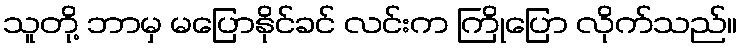
သူတို့ ဘာမှ မပြောနိုင်ခင် လင်းက ကြိုပြော လိုက်သည်။